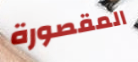
المقصورة